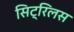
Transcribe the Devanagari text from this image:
सिट्रिलस